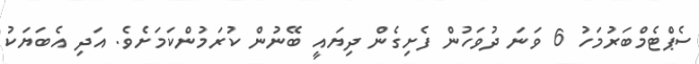
ސެޕްޓެމްބަރުމަހު 6 ވަނަ ދުވަހުން ފެށިގެން ދިޔައީ ބޭނުން ކުރަމުންކަމަށެވެ. އަދި އެބަޔަކު